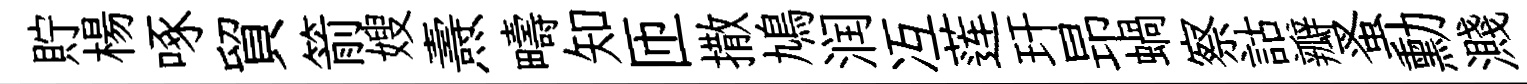
貯楊啄貿箭嫂燾疇知匝撒鳩润冱莲玕昻蝸察詁瓣蚤勳濺